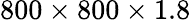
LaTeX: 800\times 800\times 1.8